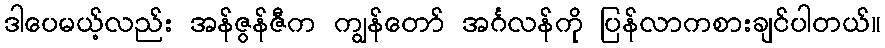
ဒါပေမယ့်လည်း အန်ဇွန်ဇီက ကျွန်တော် အင်္ဂလန်ကို ပြန်လာကစားချင်ပါတယ်။